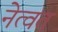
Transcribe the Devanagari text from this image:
नेत्वत